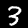
Digit: 3